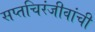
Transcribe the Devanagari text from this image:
सप्तचिरंजीवांची